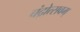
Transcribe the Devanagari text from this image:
चंद्रोत्सवम्